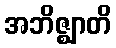
အဘိဇ္ဈာတိ